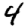
Digit: 4